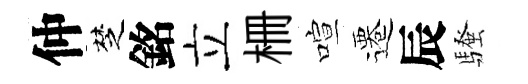
仲椘銘立栅喧遷辰騷